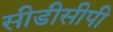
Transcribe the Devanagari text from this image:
सीडीसीपी